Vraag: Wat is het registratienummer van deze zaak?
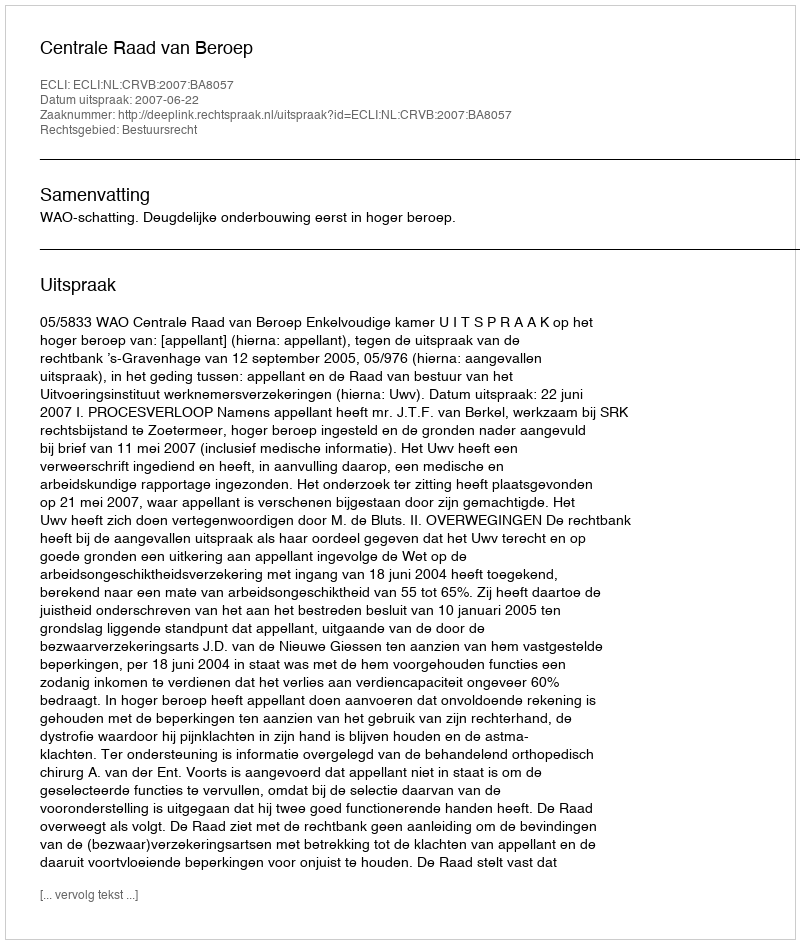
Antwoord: http://deeplink.rechtspraak.nl/uitspraak?id=ECLI:NL:CRVB:2007:BA8057